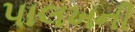
પાલખની